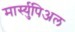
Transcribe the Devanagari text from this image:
मार्स्युपिअल